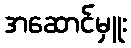
အဆောင်မှူး